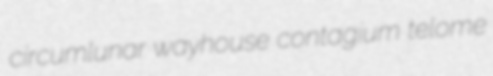
circumlunar wayhouse contagium telome